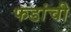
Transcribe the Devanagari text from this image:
फडांची